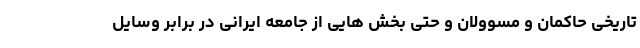
تاریخی حاکمان و مسوولان و حتی بخش هایی از جامعه ایرانی در برابر وسایل